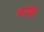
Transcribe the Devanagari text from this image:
भाथी